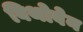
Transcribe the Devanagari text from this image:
बिथोवेन